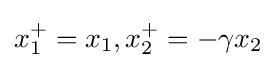
x_{1}^{+}=x_{1},x_{2}^{+}=-\gamma x_{2}